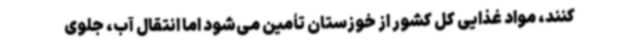
کنند، مواد غذایی کل کشور از خوزستان تأمین می‌شود اما انتقال آب، جلوی